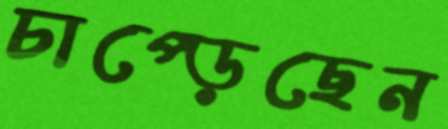
চাপ্‌ড়েছেন